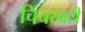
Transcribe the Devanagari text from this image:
चिंचखरी